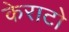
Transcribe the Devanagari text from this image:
केराटो